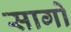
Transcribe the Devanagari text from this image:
सागो